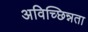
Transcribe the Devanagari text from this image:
अविच्छिन्नता